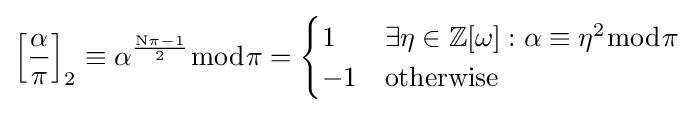
\left[{\frac {\alpha }{\pi }}\right]_{2}\equiv \alpha ^{\frac {\mathrm {N} \pi -1}{2}}{\bmod {\pi }}={\begin{cases}1&\exists \eta \in \mathbb {Z} [\omega ]:\alpha \equiv \eta ^{2}{\bmod {\pi }}\\-1&{\text{otherwise}}\end{cases}}